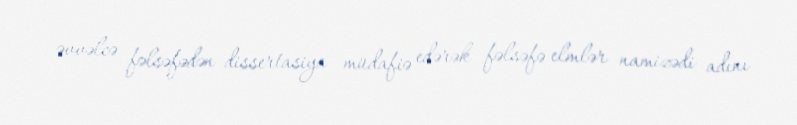
əvvəlcə fəlsəfədən dissertasiya müdafiə edərək fəlsəfə elmlər namizədi adını